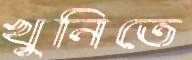
খুনিতে